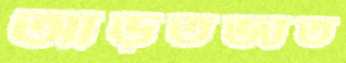
আড়তজাত